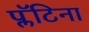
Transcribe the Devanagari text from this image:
प्लॅटिना